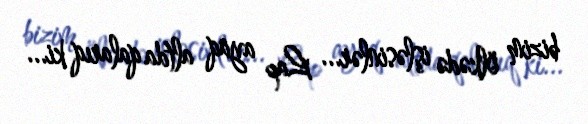
bizim ölkədə işləsinlər... Lap ayaq altda qalarıq ki...